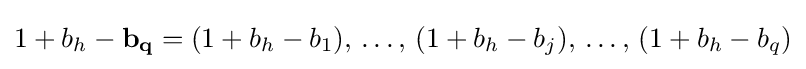
1+b_{h}-\mathbf {b_{q}} =(1+b_{h}-b_{1}),\,\dots ,\,(1+b_{h}-b_{j}),\,\dots ,\,(1+b_{h}-b_{q})